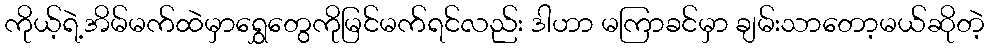
ကိုယ့်ရဲ့အိမ်မက်ထဲမှာရွှေတွေကိုမြင်မက်ရင်လည်း ဒါဟာ မကြာခင်မှာ ချမ်းသာတော့မယ်ဆိုတဲ့